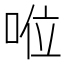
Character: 𠴖